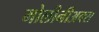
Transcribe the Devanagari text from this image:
मोलीनीअक्स